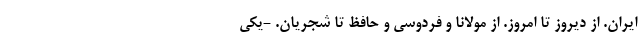
ایران. از دیروز تا امروز. از مولانا و فردوسی و حافظ تا شجریان. -یکی